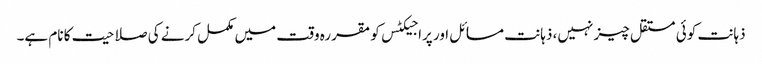
ذہانت کوئی مستقل چیز نہیں، ذہانت مسائل اور پراجیکٹس کو مقررہ وقت میں مکمل کرنے کی صلاحیت کا نام ہے۔